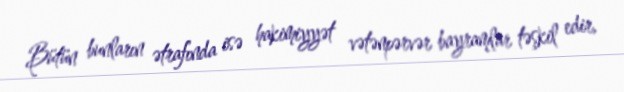
Bütün bunların ətrafında isə hakimiyyət vətənpərvər bayramlar təşkil edir,